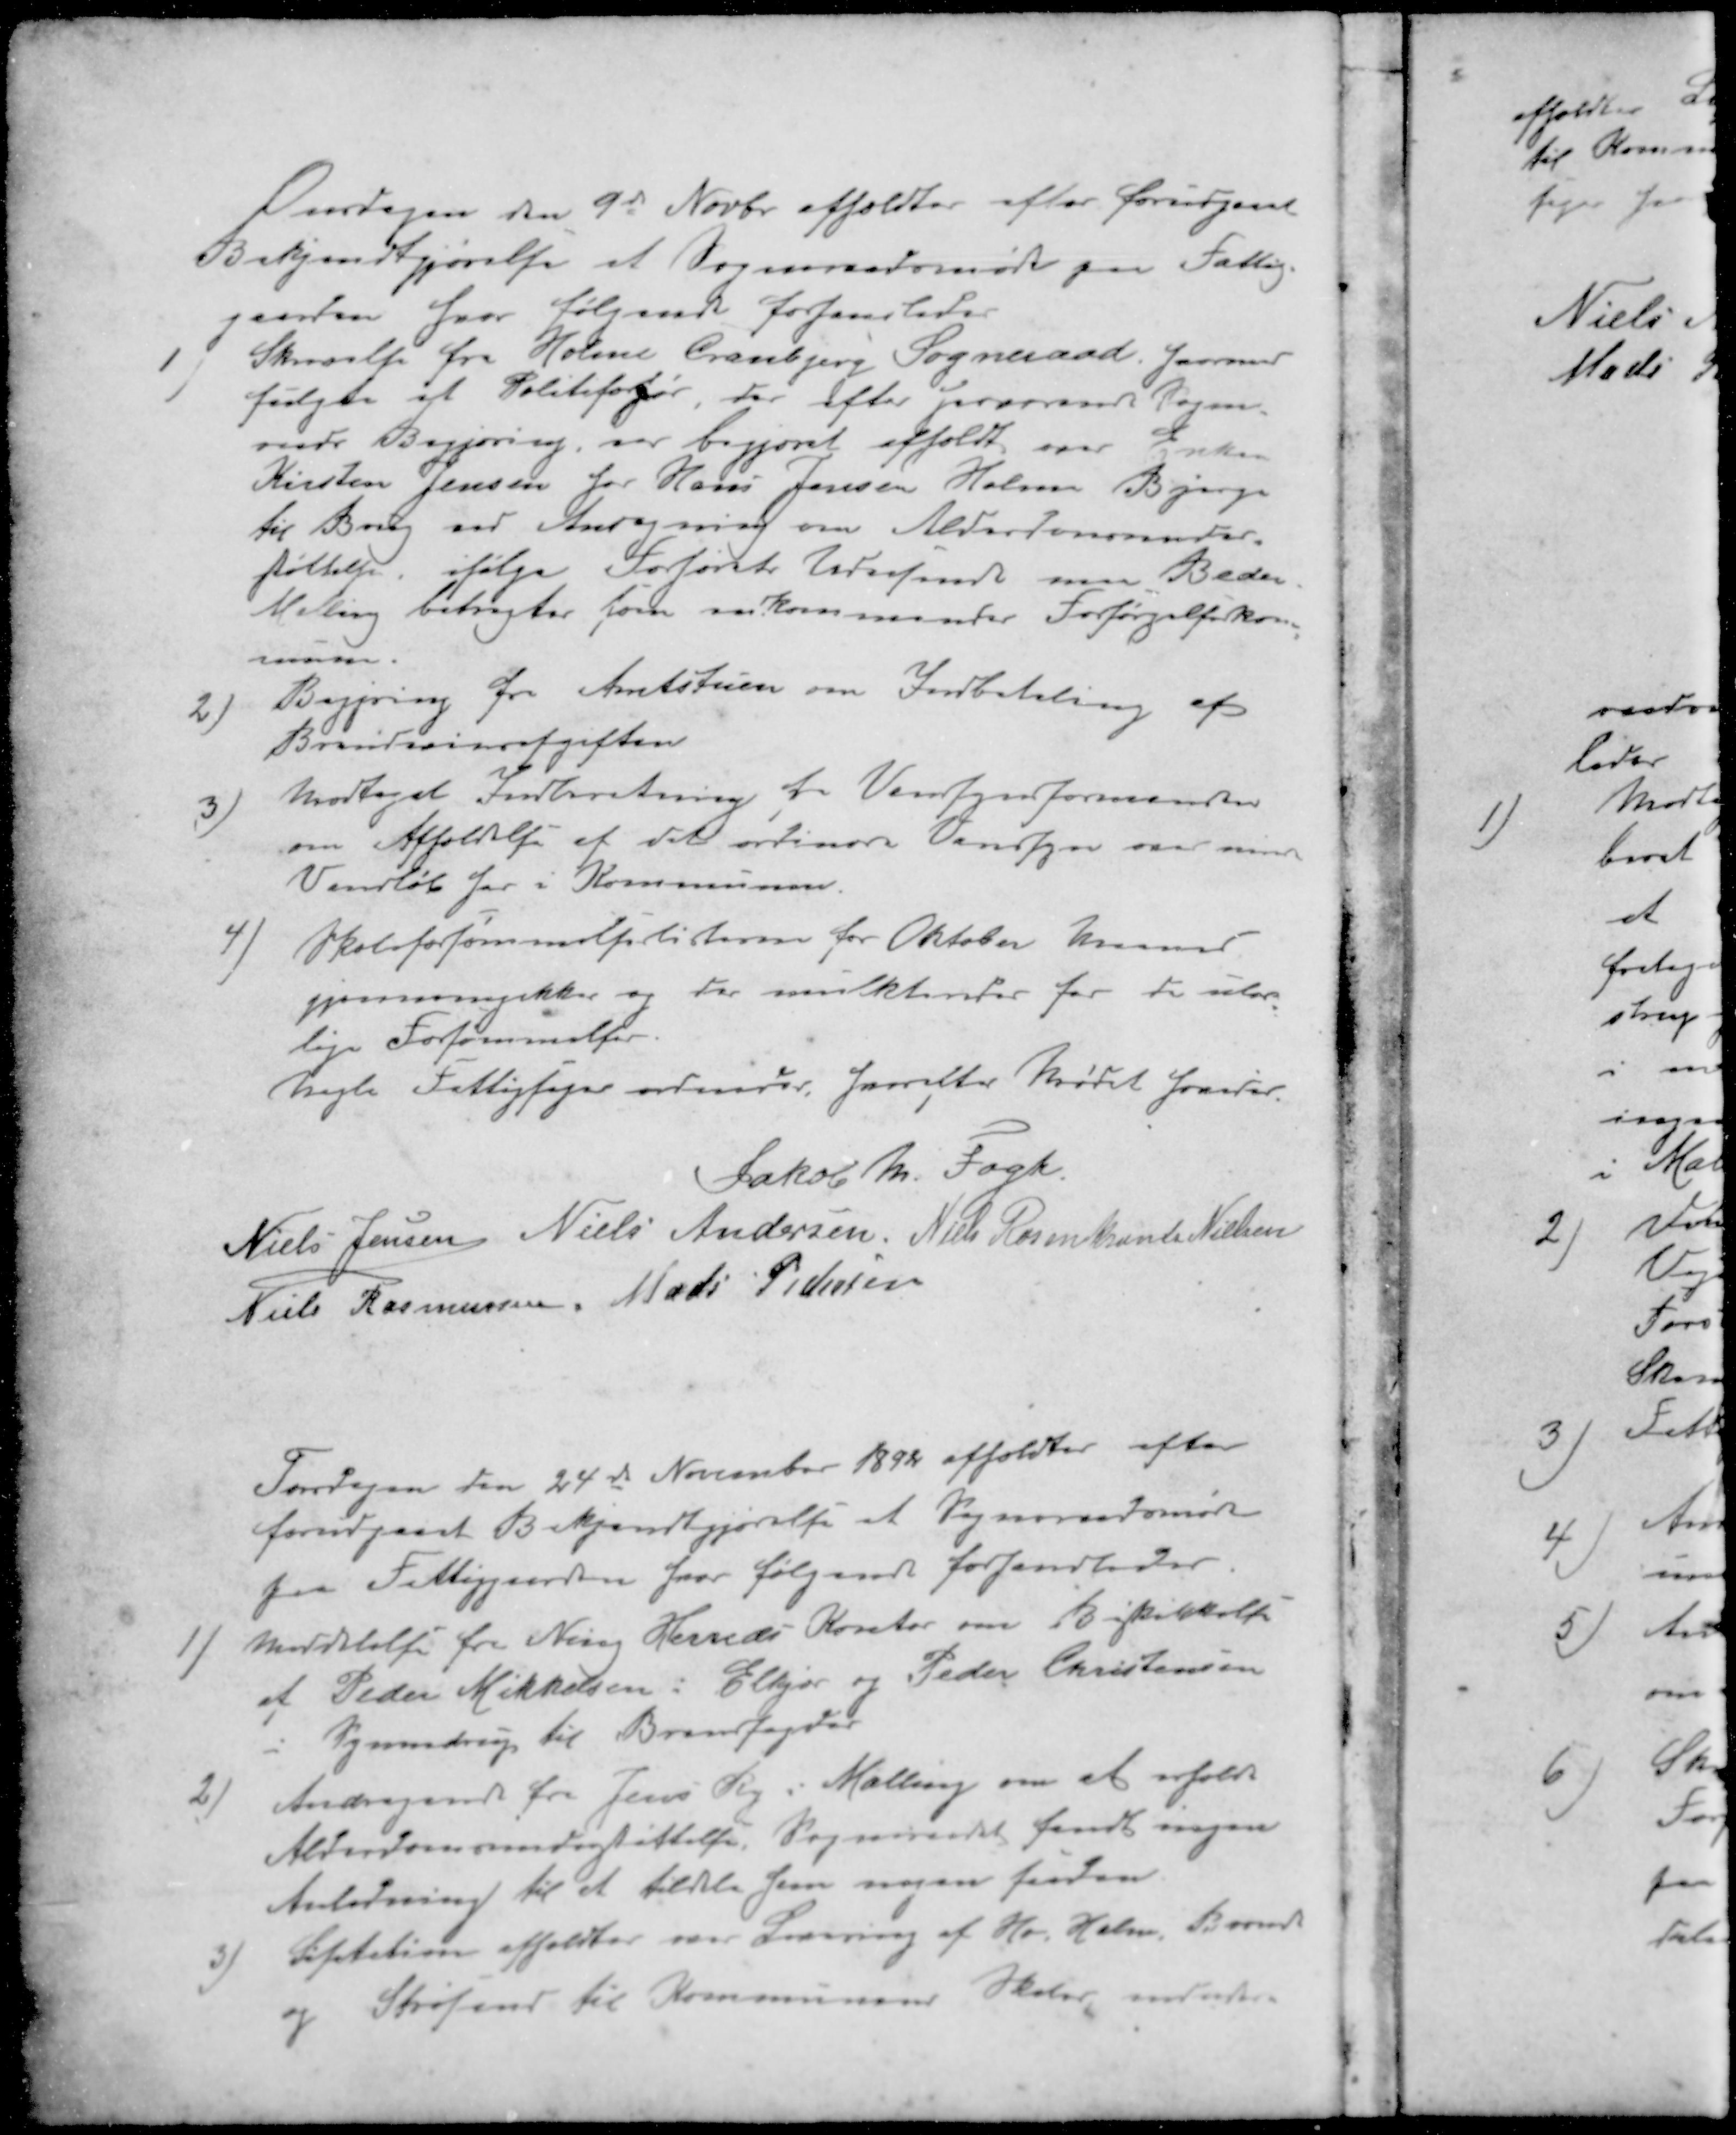
Transskription:
Onsdagen den 9de Novbr afholdtes efter forudgaaet
Bekjendtgjørelse et Sogneraadsmøde paa Fattig-
gaarden hvor følgende forhandledes
1 ) Skrivelse fra Holme Tranbjerg Sogneraad, hermed
fulgte et Politiforhør, der efter herværende Sogne-
raads Begjæring, var begjæret afholdt over Enken
Kirsten Jensen for Hans Jensen Holme Bjerge
til Brug ved Ansøgning om Alderdomsunder-
støttelse, ifølge Forhørets Udragende maa Beder.
Malling betragtes som vedkommendes Forsørgelseskom
mune.
2 ) Begjæring fra Amtstuen om Indbetaling af
Brændevinsafgiften
3 ) Modtaget Indberetning fra Vandsynsformanden
om Afholdelse at det ordinære Vandsyn over mindre
Vandløb her i Kommunen.
4 ) Skoleforsømmelselisterne for Oktober Maaned
gjennemgikkes og der mulkteredes for de ulov
lige Forsømmelser.
Nogle Fattigfoged ordnedes, hvorefter Mødet hævedes
Jakob M. Fogh.
Niels Jensen
Niels Andersen
Niels Rosenkrants Nielsen
Niels Rasmussen
Mads Pedersen
Torsdagen den 24de November 1892 afholdtes efter
forudgaaet Bekjendtgjørelse et Sogneraadsmøde
fra Fattiggaarden hvor følgende forhandledes.
1 ). Meddelelse fra Ning Herreds Kontor om Beskikkelse
af Peder Mikkelsen: Elkjær og Peder Christensen
Synnedrup til Brandfogeder
2 ) Andragende fra Jens Ry i Malling om at erholde
Alderdomsunderstøttelse. Sogneraadet fandt ingen
Anledning til at tildele som nogen saadan
3 ) Lisitation afholdtes over Levering af Hø Halm, Brænde
og Strøsand til Kommunens Skoler, ligesom